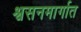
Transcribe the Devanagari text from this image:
श्वसनमार्गात